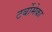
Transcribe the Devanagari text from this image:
टर्बोमेका